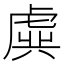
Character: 虡